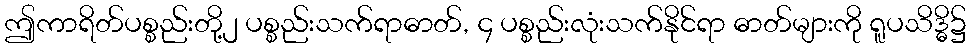
ဤကာရိတ်ပစ္စည်းတို့၂ ပစ္စည်းသက်ရာဓာတ်, ၄ ပစ္စည်းလုံးသက်နိုင်ရာ ဓာတ်များကို ရူပသိဒ္ဓိ၌